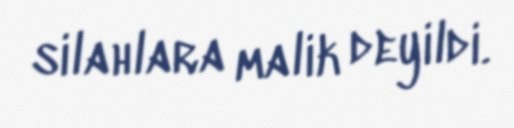
silahlara malik deyildi.